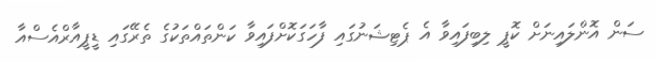
ސަން އޮންލައިނަށް ކޮޕީ ލިބިފައިވާ އެ ޕެޓިޝަނުގައި ފާހަގަކޮށްފައިވާ ކަންތައްތަކުގެ ތެރޭގައި ޑީޕީއާރްއެސްއާ